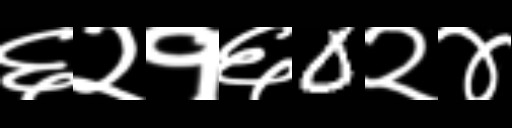
Text: ६२१६0२४